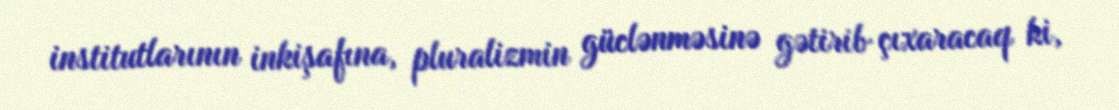
institutlarının inkişafına, pluralizmin güclənməsinə gətirib çıxaracaq ki,